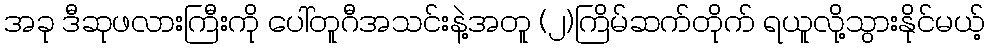
အခု ဒီဆုဖလားကြီးကို ပေါ်တူဂီအသင်းနဲ့အတူ (၂)ကြိမ်ဆက်တိုက် ရယူလို့သွားနိုင်မယ့်